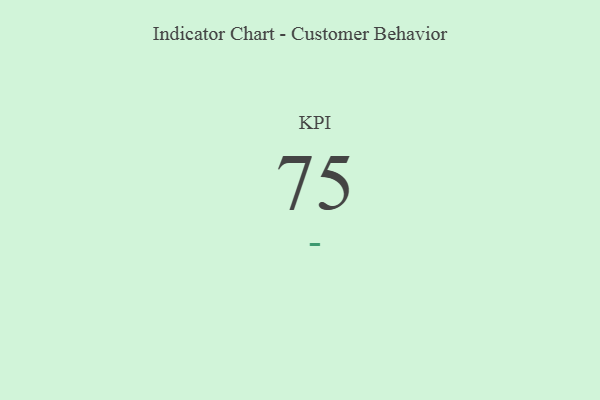
{"axis": {"x": "KPI", "y": "Value"}, "legend": [""], "data": [{"x": "KPI", "y": 75, "type": ""}]}